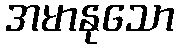
အမာနုသော